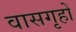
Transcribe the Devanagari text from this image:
वासगृहों